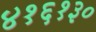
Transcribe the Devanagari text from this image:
४१६१३०